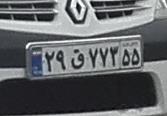
۲۹ق۷۷۳۵۵